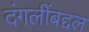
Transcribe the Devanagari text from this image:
दंगलींबद्दल